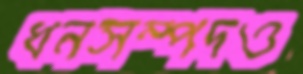
ধনসম্পদও